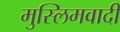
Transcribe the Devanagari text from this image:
मुस्लिमवादी